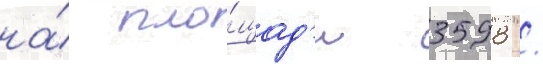
на́ пло́щад'и 3598 /